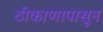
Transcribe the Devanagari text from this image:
ठीकाणापासून